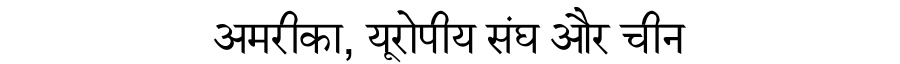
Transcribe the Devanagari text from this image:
अमरीका, यूरोपीय संघ और चीन